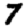
Digit: 7